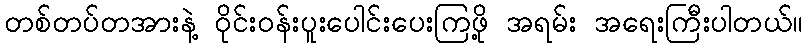
တစ်တပ်တအားနဲ့ ဝိုင်းဝန်းပူးပေါင်းပေးကြဖို့ အရမ်း အရေးကြီးပါတယ်။